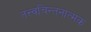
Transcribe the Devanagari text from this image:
तत्त्वचिन्तनात्मक